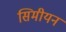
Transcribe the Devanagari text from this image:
सिमीयन